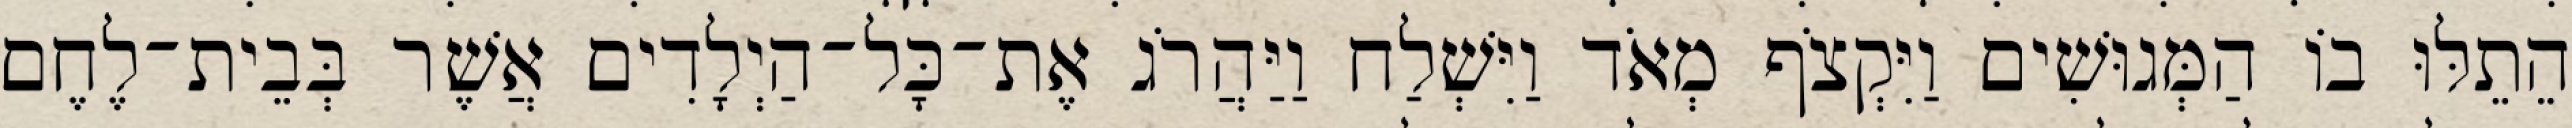
הֵתֵלּוּ בוֹ הַמְּגוּשִׁים וַיִּקְצֹף מְאֹד וַיִּשְׁלַח וַיַּהֲרֹג אֶת־כָּל־הַיְלָדִים אֲשֶׁר בְּבֵית־לֶחֶם